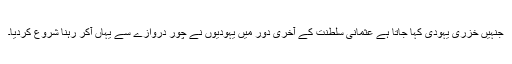
جنہیں خِزری یہودی کہا جاتا ہے عثمانی سلطنت کے آخری دور میں یہودیوں نے چور دروازے سے یہاں آکر رہنا شروع کردیا۔